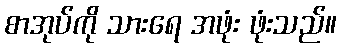
စာအုပ်ကို သားရေ အဖုံး ဖုံးသည်။